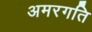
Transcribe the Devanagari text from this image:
अमरगति